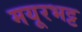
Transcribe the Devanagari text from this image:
मयूरभट्ट